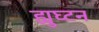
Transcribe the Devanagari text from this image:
ह्युघ्टन